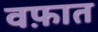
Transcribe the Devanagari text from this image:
वफ़ात